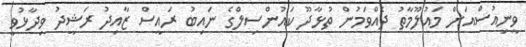
ވީނިއުސްއަށް މައުލޫމާތު ދެއްވަމުން ތުޅާދޫ ކައުންސިލްގެ ނައިބު ރައީސް ޒާއިދު ރަޝީދު ވިދާޅުވީ